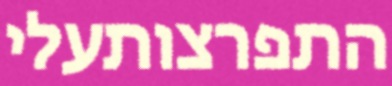
התפרצותעלי